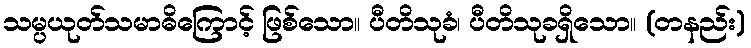
သမ္ပယုတ်သမာဓိကြောင့် ဖြစ်သော။ ပီတိသုခံ၊ ပီတိသုခရှိသော။ (တနည်း)